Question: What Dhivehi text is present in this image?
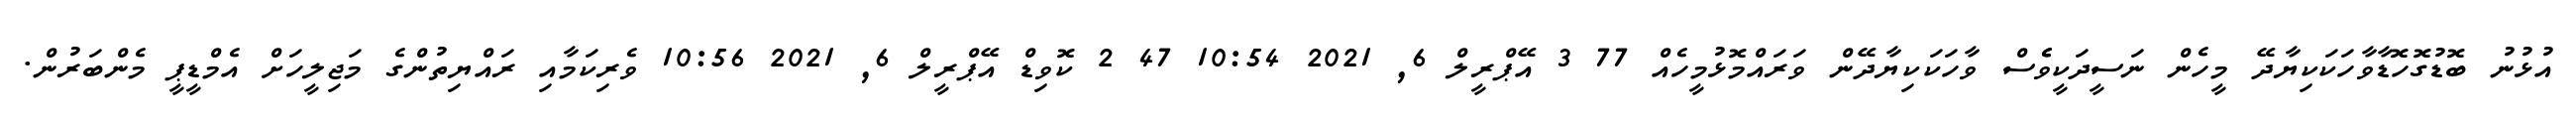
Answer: އުޅުނު ބޮޑުގޮހޮޑާވާހަކަކިޔާދޭ މީހެން ނަސީދަކީވެެސް ވާހަކަކިޔާދޭން ވަރައްމޮޅުމީހެއް 77 3 އޭޕްރީލް 6, 2021 10:54 47 2 ކޮވިޑް އޭޕްރީލް 6, 2021 10:56 ވެރިކަމާއި ރައްޔިތުންގެ މަޖިލީހަށް އެމްޑީޕީ މެންބަރުން.